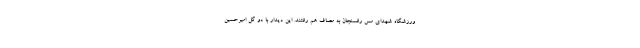
ورزشگاه شهدای مس رفسنجان به مصاف هم رفتند. این دیدار با دو گل امیرحسین